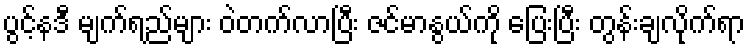
ပွင့်နဒီ မျက်ရည်များ ဝဲတက်လာပြီး ဇင်မာနွယ်ကို ပြေးပြီး တွန်းချလိုက်ရာ